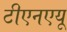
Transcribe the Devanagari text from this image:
टीएनएयू